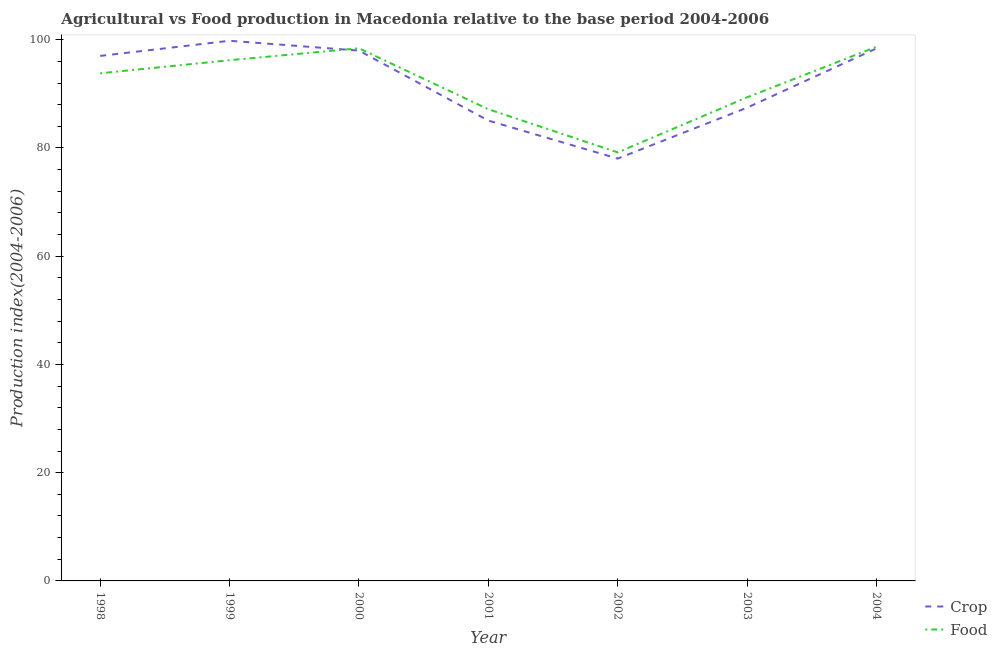
| Year | Crop | Food |
 | --- | --- | --- |
 | 1998 | 97 | 93.8 |
 | 1999 | 99.8 | 96.2 |
 | 2000 | 98 | 98.4 |
 | 2001 | 85.1 | 87.2 |
 | 2002 | 78 | 79.2 |
 | 2003 | 87.5 | 89.4 |
 | 2004 | 98.4 | 98.7 |